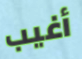
أغيب